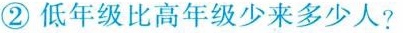
②低年级比高年级少来多少人?